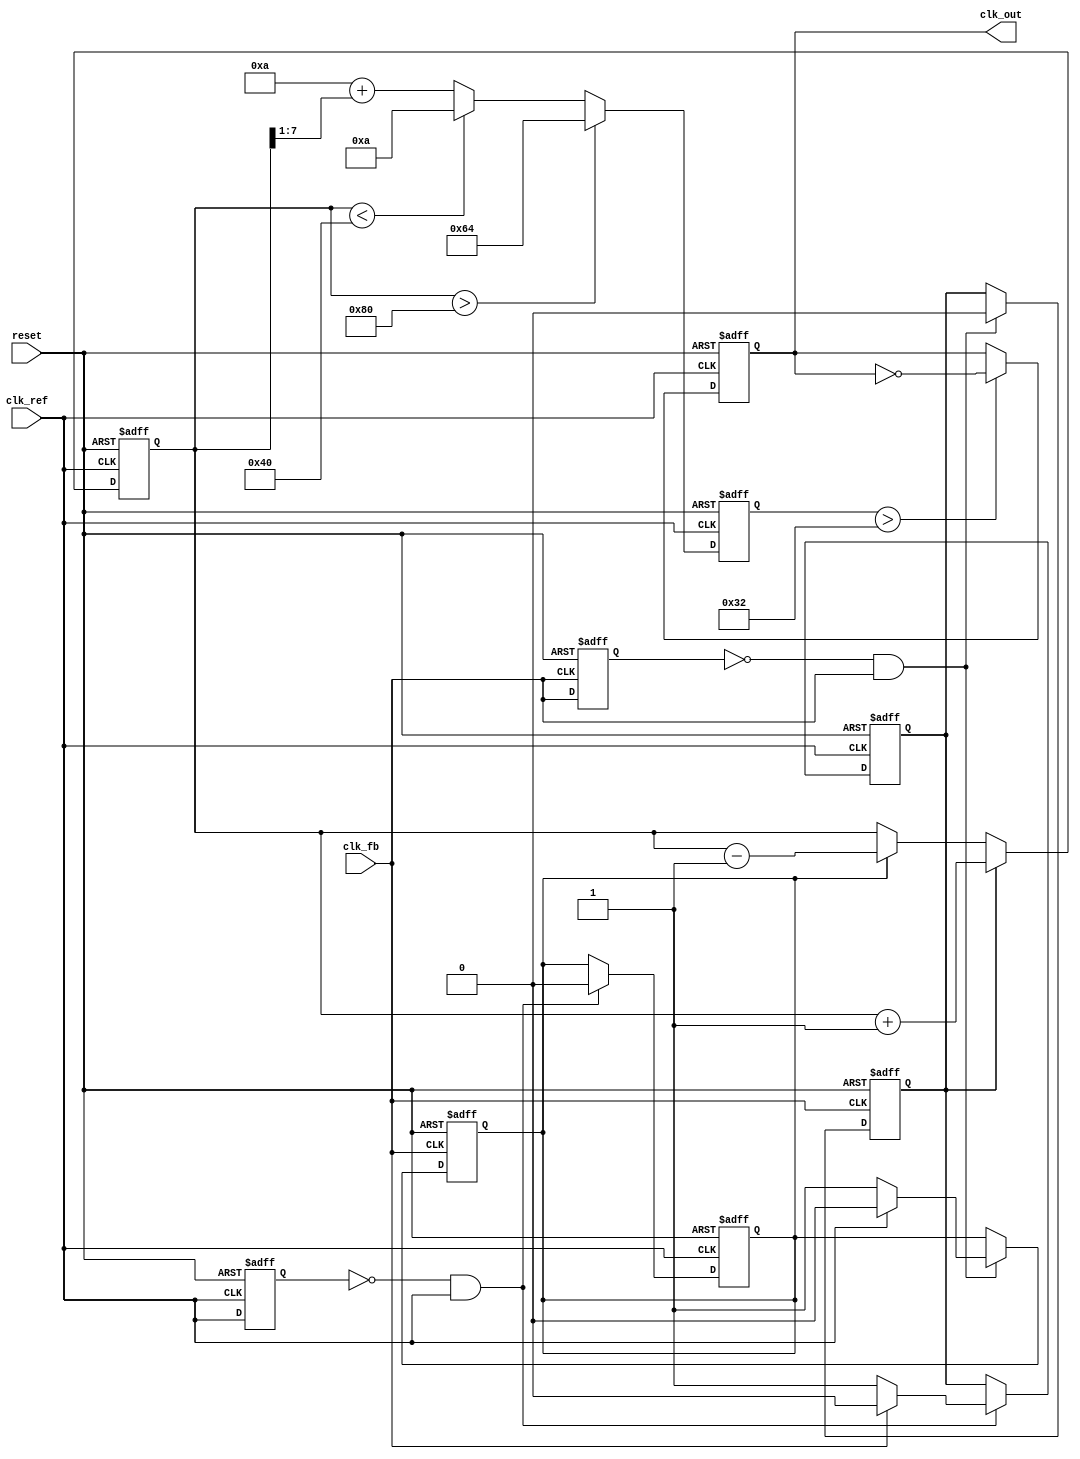
module cp_pll (
    input wire clk_ref,         // Reference clock input
    input wire clk_fb,          // Feedback clock input from VCO
    input wire reset,           // Asynchronous reset
    output reg clk_out          // Output clock from VCO
);

// Parameters
parameter UP_CURRENT = 1'b1;  // Charge pump UP current
parameter DOWN_CURRENT = 1'b1; // Charge pump DOWN current
parameter VCO_MAX_FREQ = 100;  // Maximum frequency of VCO
parameter VCO_MIN_FREQ = 10;    // Minimum frequency of VCO

// PFD signals
reg pfd_up, pfd_down;
reg clk_ref_prev, clk_fb_prev;

// Charge Pump signals
reg [7:0] control_voltage; // Control voltage for VCO
reg charge, discharge;

// VCO output
reg [7:0] vco_freq; // Frequency output of VCO

// Phase Frequency Detector (PFD)
always @(posedge clk_ref or posedge reset) begin
    if (reset) begin
        pfd_up <= 0;
        pfd_down <= 0;
        clk_ref_prev <= 0;
    end else begin
        if (clk_ref_prev == 0 && clk_ref == 1) begin
            if (clk_fb == 0) begin
                pfd_up <= 1;
                pfd_down <= 0;
            end else begin
                pfd_up <= 0;
                pfd_down <= 0;
            end
        end
        clk_ref_prev <= clk_ref;
    end
end

always @(posedge clk_fb or posedge reset) begin
    if (reset) begin
        pfd_up <= 0;
        pfd_down <= 0;
        clk_fb_prev <= 0;
    end else begin
        if (clk_fb_prev == 0 && clk_fb == 1) begin
            if (clk_ref == 0) begin
                pfd_down <= 1;
                pfd_up <= 0;
            end else begin
                pfd_up <= 0;
                pfd_down <= 0;
            end
        end
        clk_fb_prev <= clk_fb;
    end
end

// Charge Pump
always @(posedge clk_ref or posedge reset) begin
    if (reset) begin
        control_voltage <= 8'b0;
    end else begin
        if (pfd_up) begin
            control_voltage <= control_voltage + UP_CURRENT;
        end else if (pfd_down) begin
            control_voltage <= control_voltage - DOWN_CURRENT;
        end
    end
end

// Loop Filter (Simple RC filter model)
always @(posedge clk_ref or posedge reset) begin
    if (reset) begin
        vco_freq <= VCO_MIN_FREQ; // Start at minimum frequency
    end else begin
        // Simple integration of control voltage to determine VCO frequency
        if (control_voltage > 8'd128) begin
            vco_freq <= VCO_MAX_FREQ; // Max frequency
        end else if (control_voltage < 8'd64) begin
            vco_freq <= VCO_MIN_FREQ; // Min frequency
        end else begin
            vco_freq <= VCO_MIN_FREQ + (control_voltage >> 1); // Intermediate frequency
        end
    end
end

// VCO (Simple frequency divider for demonstration)
always @(posedge clk_ref or posedge reset) begin
    if (reset) begin
        clk_out <= 0;
    end else begin
        // Generate output clock based on VCO frequency
        if (vco_freq > 50) begin
            clk_out <= ~clk_out; // Toggle output clock
        end
    end
end

endmodule